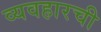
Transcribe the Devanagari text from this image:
व्यवहारची